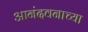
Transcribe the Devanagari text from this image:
आनंदवनाच्या